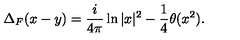
\Delta _ { F } ( x - y ) = \frac { i } { 4 \pi } \ln | x | ^ { 2 } - \frac { 1 } { 4 } \theta ( x ^ { 2 } ) .